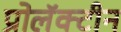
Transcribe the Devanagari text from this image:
प्रोलॅक्टीन